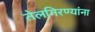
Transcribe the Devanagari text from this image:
तेलगिरण्यांना